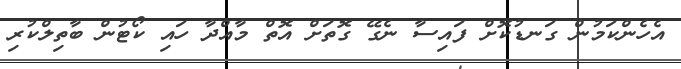
އެހެންކަމުން ގަނޑުކޮށް ފައިސާ ނެގޭ ގޮތަށް އޮތް މާއްދާ ހައި ކޯޓުން ބާތިލްކުރި